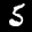
Label: 5